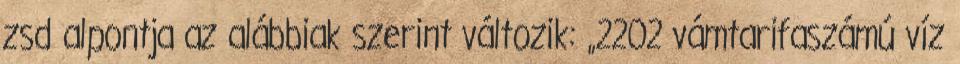
zsd alpontja az alábbiak szerint változik: „2202 vámtarifaszámú víz